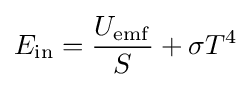
E_{\mathrm {in} }={\frac {U_{\mathrm {emf} }}{S}}+\sigma T^{4}